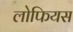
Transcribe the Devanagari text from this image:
लोफियस